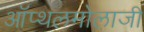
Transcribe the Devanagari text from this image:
ऑप्थलमोलाजी